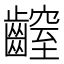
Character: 𪙜